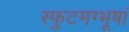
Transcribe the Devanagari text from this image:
स्फुटमग्भूषां